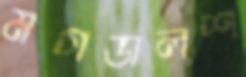
মগডালশ